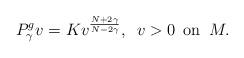
LaTeX: \begin{align*}P_{\gamma}^{g} v = Kv^{\frac{N + 2\gamma}{N - 2\gamma}}, \,\,\, v > 0 {\rm \,\,\,on\,\,\,} M.\end{align*}